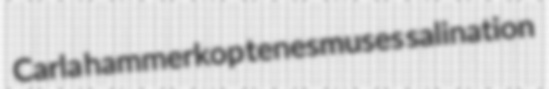
Carla hammerkop tenesmuses salination